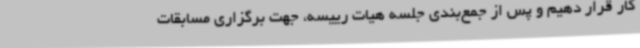
کار قرار دهیم و پس از جمع‌بندی جلسه هیات رییسه، جهت برگزاری مسابقات